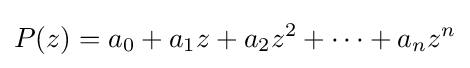
P(z)=a_{0}+a_{1}z+a_{2}z^{2}+\cdots +a_{n}z^{n}